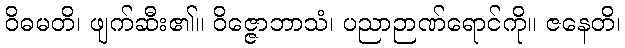
ဝိဓမတိ၊ ဖျက်ဆီး၏။ ဝိဇ္ဇောဘာသံ၊ ပညာဉာဏ်ရောင်ကို။ ဇနေတိ၊